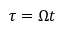
\tau = \Omega t